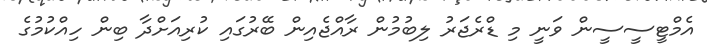
އެމްޓީސީސީން ވަނީ މި ޑްރެޖަރު ލިބުމުން ރާއްޖެއިން ބޭރުގައި ކުރިއަށްދާ ބިން ހިއްކުމުގެ